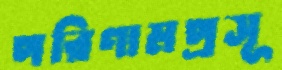
পরিণামপ্রসূ